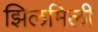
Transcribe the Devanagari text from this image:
झिलमिली